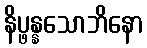
နိပ္ဖန္နသောဘိနော